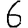
Digit: 6